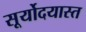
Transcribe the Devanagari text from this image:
सूर्योदयास्त